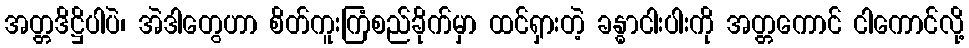
အတ္တဒိဋ္ဌိပါပဲ၊ အဲဒါတွေဟာ စိတ်ကူးကြံစည်ခိုက်မှာ ထင်ရှားတဲ့ ခန္ဓာငါးပါးကို အတ္တကောင် ငါကောင်လို့